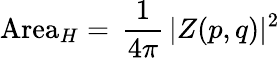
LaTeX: \mathrm{Area}_{H}=\, \frac{1}{4\pi}\, \vert Z(p,q)\vert^{2}